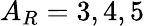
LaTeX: A_{R}=3,4,5